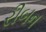
રીબન